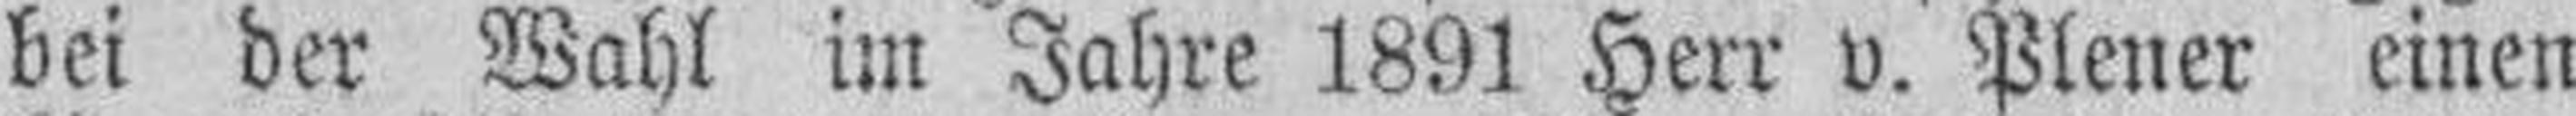
bei der Wahl im Jahre 1891 Herr v. Plener einen